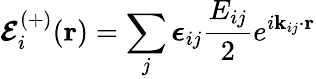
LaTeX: \boldsymbol{\mathcal{E}}_{i}^{(+)}(\mathbf{r})=\sum_{j}\boldsymbol{\epsilon}_{ij}\frac{E_{ij}}{2}e^{i\mathbf{k}_{ij}\cdot\mathbf{r}}